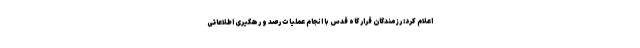
اعلام کرد: رزمندگان قرار گاه قدس با انجام عملیات رصد و رهگیری اطلاعاتی